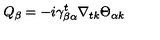
Q _ { \beta } = - i \gamma _ { \beta \alpha } ^ { t } \nabla _ { t k } \Theta _ { \alpha k }